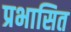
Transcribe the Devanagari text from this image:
प्रभासित